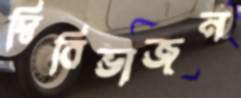
দ্বিবিভাজন